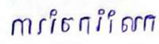
ការចែករំលែក